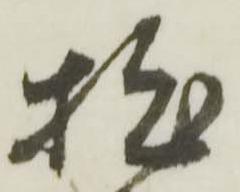
拙